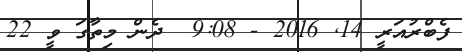
ފެބްރުއަރީ 14